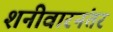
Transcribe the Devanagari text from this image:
शनीवारनंतर